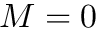
M = 0